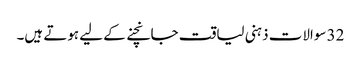
32 سوالات ذہنی لیاقت جانچنے کے لیے ہوتے ہیں۔